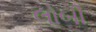
લોબી